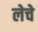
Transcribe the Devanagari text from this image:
लेचे